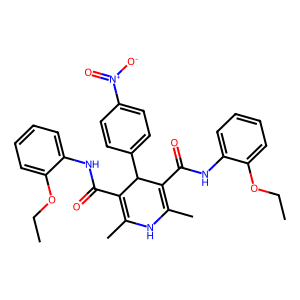
SMILES: CCOc1ccccc1NC(=O)C1=C(C)NC(C)=C(C(=O)Nc2ccccc2OCC)C1c1ccc([N+](=O)[O-])cc1
Inhibits HIV replication: No